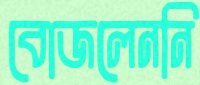
বোজলেননি